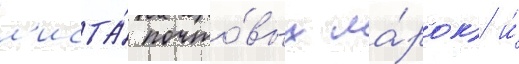
л'иста́ почто́вых ма́рок) и́